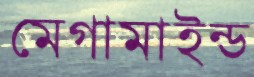
মেগামাইন্ড